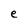
Character: e